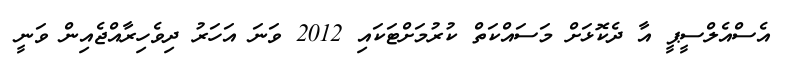
އެސްއެލްސީޕީ އާ ދެކޮޅަށް މަސައްކަތް ކުރުމަށްޓަކައި 2012 ވަނަ އަހަރު ދިވެހިރާއްޖެއިން ވަނީ